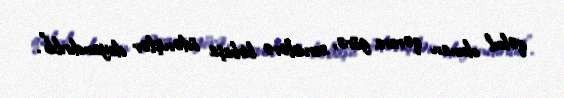
qəbul olunan qərara görə, servislərə birbaşa ödənişlər dayandırılıb”.